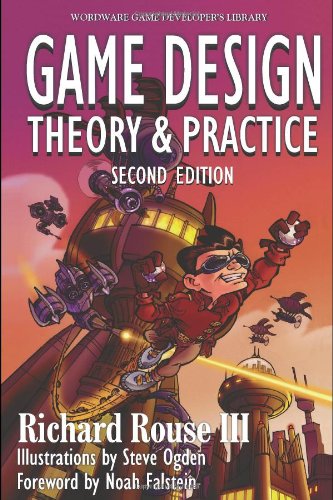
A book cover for Game Design: Theory and Practice (2nd Edition) (Wordware Game Developer's Library); Richard Rouse III; Computers & Technology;